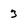
Character: 3